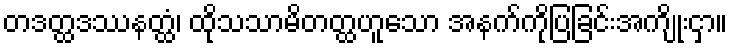
တဒတ္ထဒဿနတ္ထံ၊ ထိုသသာမိတတ္ထဟူသော အနက်ကိုပြခြင်းအကျိုးငှာ။